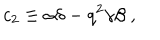
c _ { 2 } \equiv \alpha \delta - q ^ { 2 } \gamma \beta \; ,